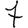
Digit: 7